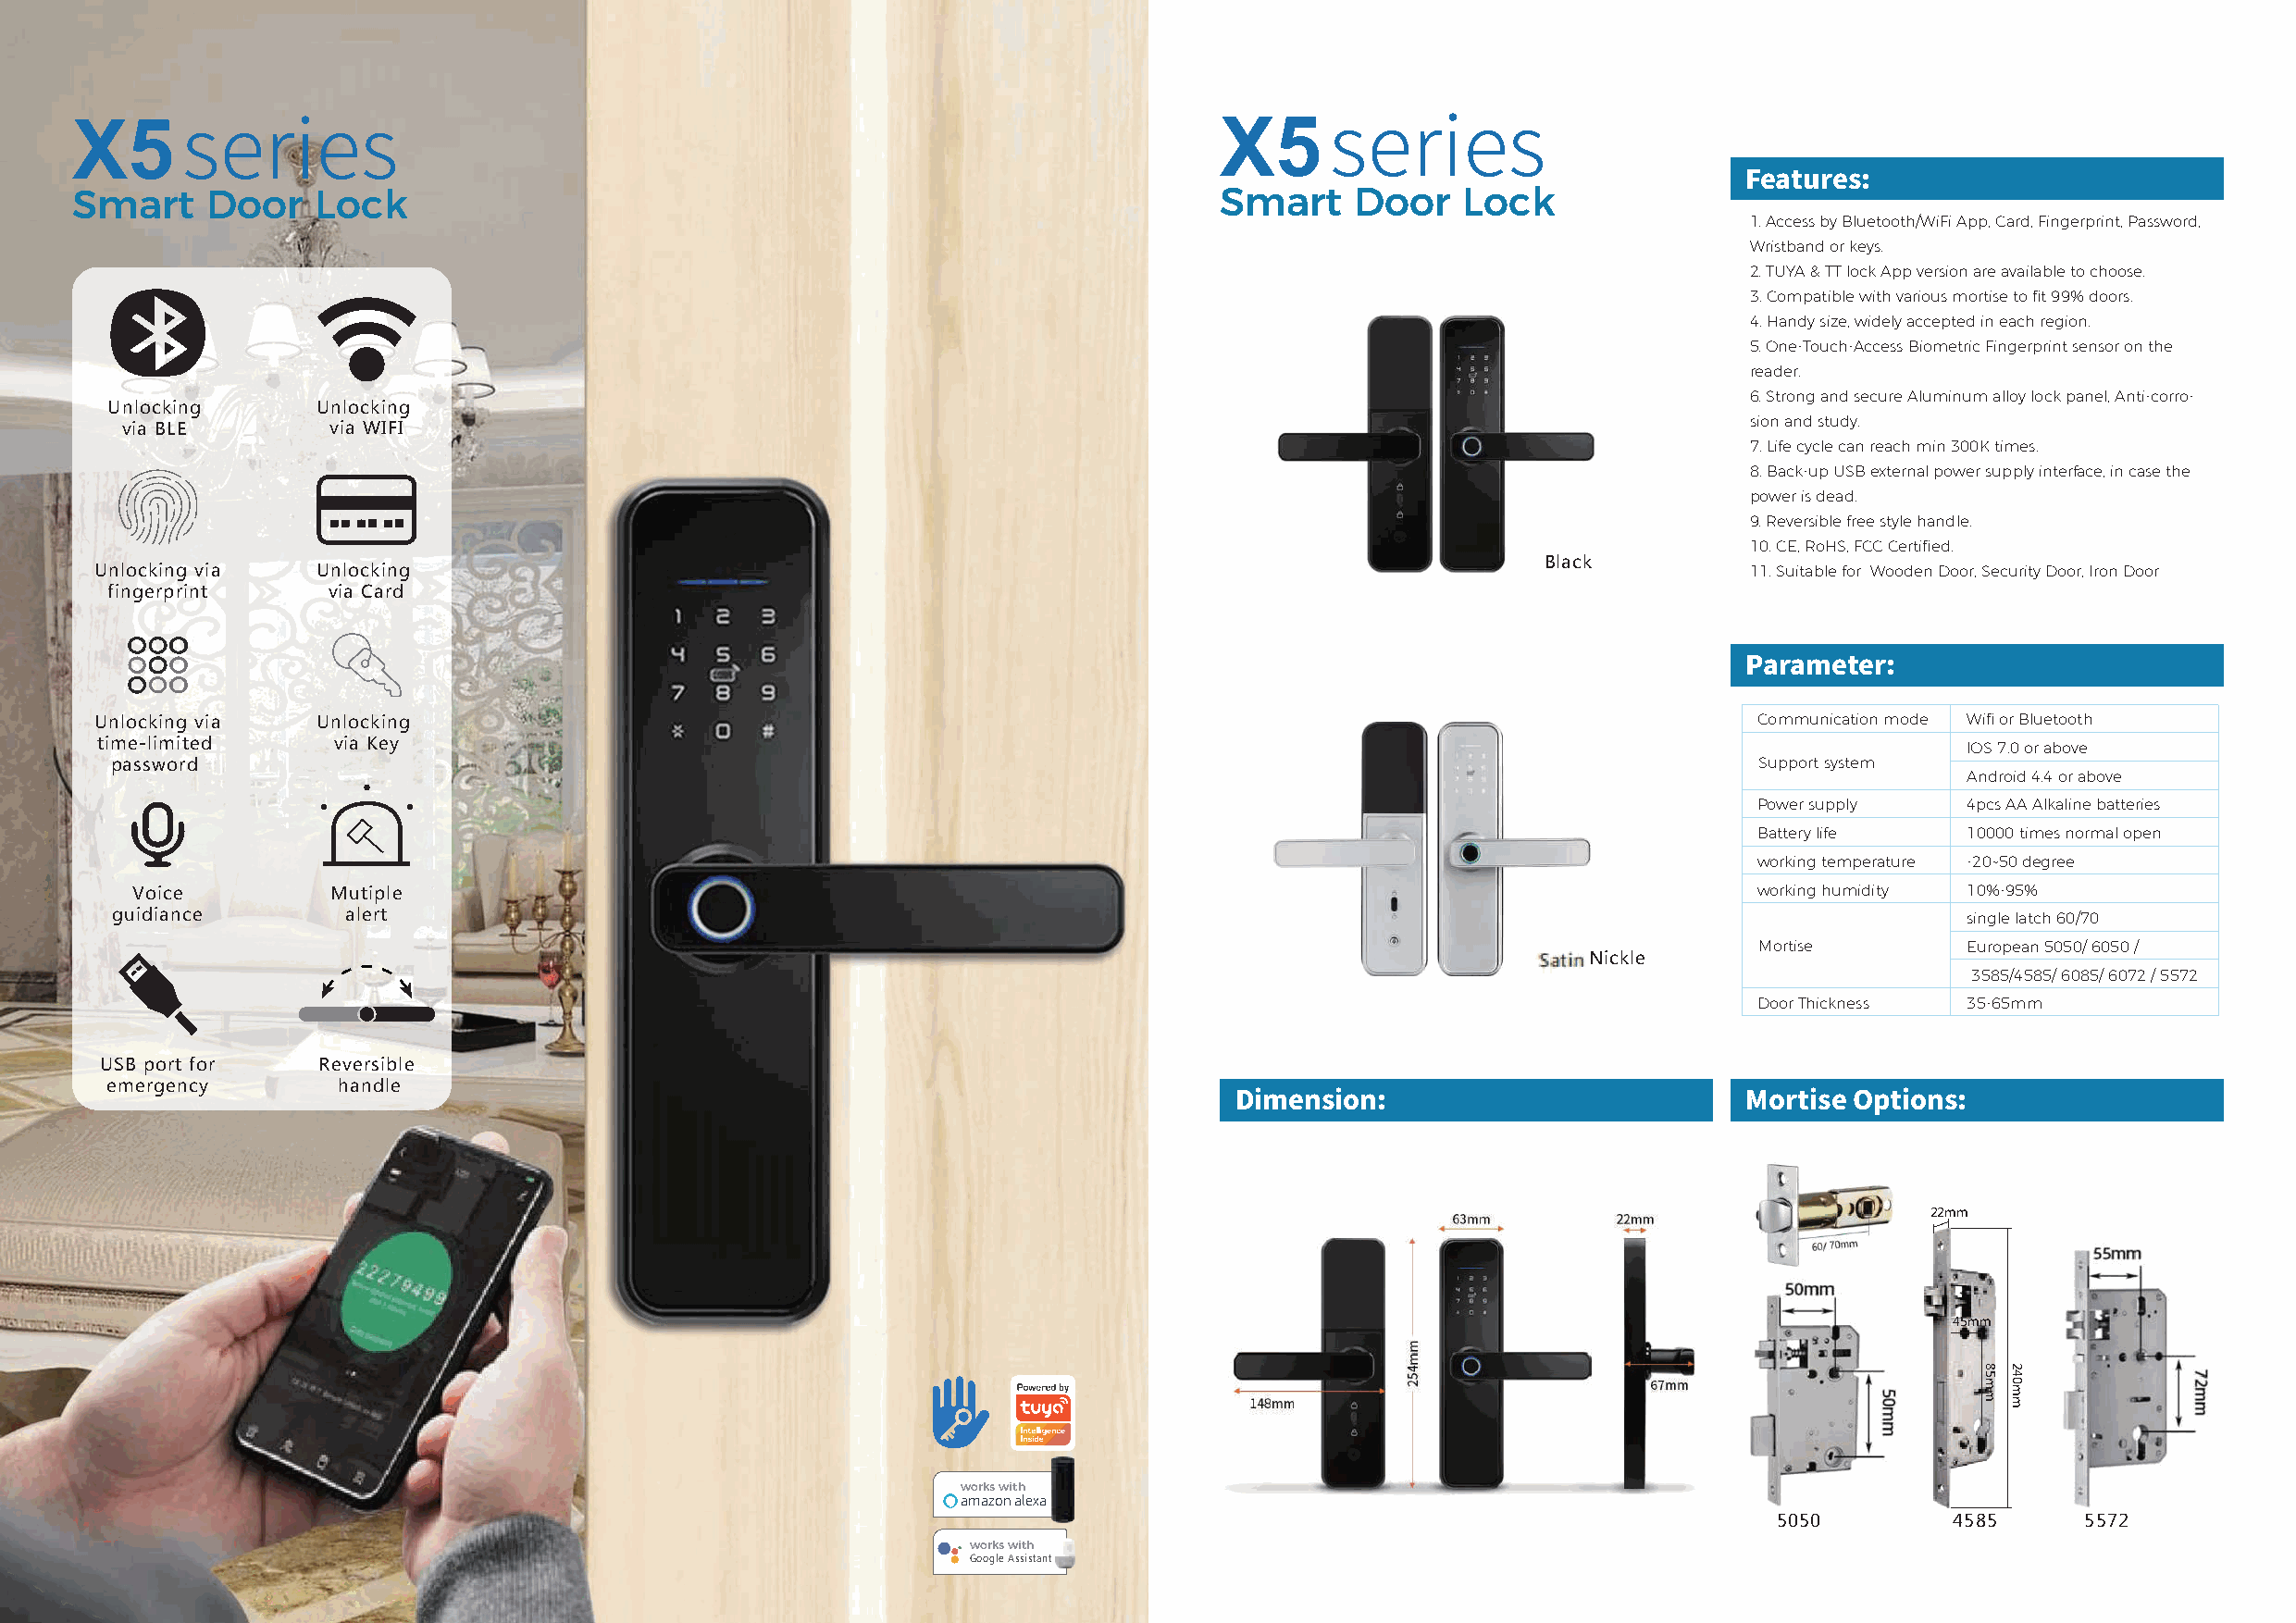
X5                                                                                X5
 Smarts    De oor ri Le os ck                                                      Smarts    De oor ri Le os ck          Features:
 1. Access by Bluetooth/WiFi App, Card, Fingerprint, Password,
 Wristband or keys.
 2. TUYA & TT lock App version are available to choose.
 3. Compatible with various mortise to fit 99% doors.
 4. Handy size, widely accepted in each region.
 5. One-Touch-Access Biometric Fingerprint sensor on the
 reader.
 6. Strong and secure Aluminum alloy lock panel, Anti-corro-
 Unlocking      Unlocking
 sion and study.
 via BLE        via WIFI
 7. Life cycle can reach min 300K times.
 8. Back-up USB external power supply interface, in case the
 power is dead.
 9. Reversible free style handle.
 10. CE, RoHS, FCC Certified.
 Black
 Unlocking via   Unlocking                                                                                             11. Suitable for Wooden Door, Security Door, Iron Door
 fingerprint     via Card
 Parameter:
 Unlocking via   Unlocking                                                                                              Communication mode Wifi or Bluetooth
 time-limited     via Key                                                                                                              IOS 7.0 or above
 password                                                                                                              Support system
 Android 4.4 or above
 Power supply   4pcs AA Alkaline batteries
 Battery life   10000 times normal open
 working temperature -20~50 degree
 Voice          Mutiple                                                                                               working humidity 10%-95%
 guidiance        alert                                                                                                               single latch 60/70
 Mortise        European 5050/ 6050 /
 Satin Nickle
 3585/4585/ 6085/ 6072 / 5572
 Door Thickness 35-65mm
 USB port for    Reversible
 emergency       handle
 Dimension:                           Mortise Options:
 22mm
 45mm
 works with
 amazon alexa
 5050         4585     5572
 works with
 Google Assistant
 85mm 240mm